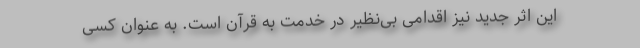
این اثر جدید نیز اقدامی بی‌نظیر در خدمت به قرآن است. به عنوان کسی‌